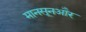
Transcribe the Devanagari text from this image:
मानसूनऔर